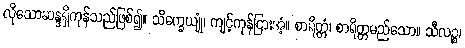
လိုသောဆန္ဒရှိကုန်သည်ဖြစ်၍။ သိက္ခေယျုံ၊ ကျင့်ကုန်ငြားအံ့။ စာရိတ္တံ၊ စာရိတ္တမည်သော။ သီလဉ္စ၊